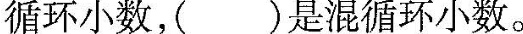
循环小数，( )是混循环小数。